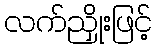
လက်ညှိုးဖြင့်